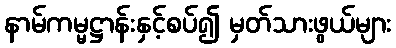
နာမ်ကမ္မဋ္ဌာန်းနှင့်စပ်၍ မှတ်သားဖွယ်များ